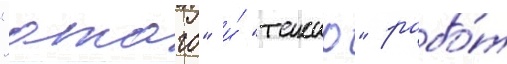
"атаго" и́ "такао" рабо́т